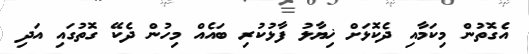
އެގޮތުން މިކަމާއި ދެކޮޅަށް ޚިޔާލު ފާޅުކުރި ބައެއް މިހުން ދެކޭ ގޮތުގައި އަދި